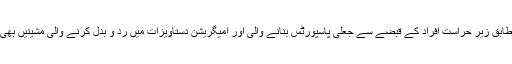
پولیس کے مطابق زیر حراست افراد کے قبضے سے جعلی پاسپورٹس بنانے والی اور امیگریشن دستاویزات میں رد و بدل کرنے والی مشینیں بھی برآمد ہوئی ۔